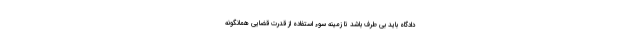
دادگاه باید بی طرف باشد تا زمینه سوء استفاده از قدرت قضایی همانگونه